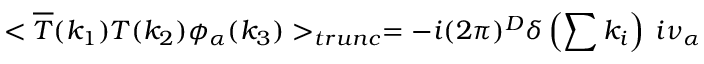
< \overline { { { T } } } ( k _ { 1 } ) T ( k _ { 2 } ) \phi _ { \alpha } ( k _ { 3 } ) > _ { t r u n c } = - i ( 2 \pi ) ^ { D } \delta \left( \sum k _ { i } \right) \: i \nu _ { \alpha }